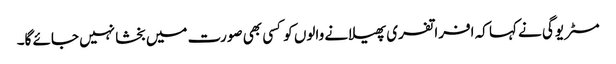
مسٹر یوگی نے کہا کہ افراتفری پھیلانے والوں کو کسی بھی صورت میں بخشا نہیں جائے گا۔